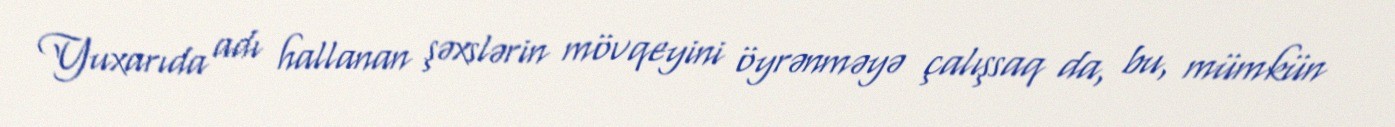
Yuxarıda adı hallanan şəxslərin mövqeyini öyrənməyə çalışsaq da, bu, mümkün